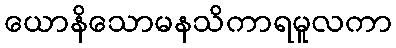
ယောနိသောမနသိကာရမူလကာ